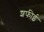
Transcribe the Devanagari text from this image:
शफीई